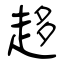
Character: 趍